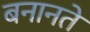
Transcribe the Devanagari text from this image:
बनानते